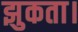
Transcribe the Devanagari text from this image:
झुकता।